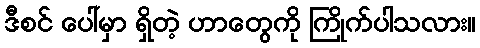
ဒီစင် ပေါ်မှာ ရှိတဲ့ ဟာတွေကို ကြိုက်ပါသလား။